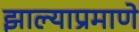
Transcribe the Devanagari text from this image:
झाल्याप्रमाणे